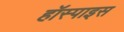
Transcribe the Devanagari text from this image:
हॉस्पाइस